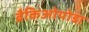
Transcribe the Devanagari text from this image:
ब्रैकिओपोडा